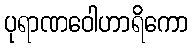
ပုရာဏဝေါဟာရိကော